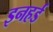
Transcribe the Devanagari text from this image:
इनहर्ड